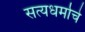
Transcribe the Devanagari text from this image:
सत्यधर्माचे